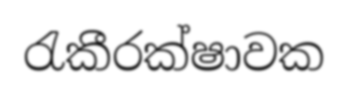
රැකීරක්ෂාවක